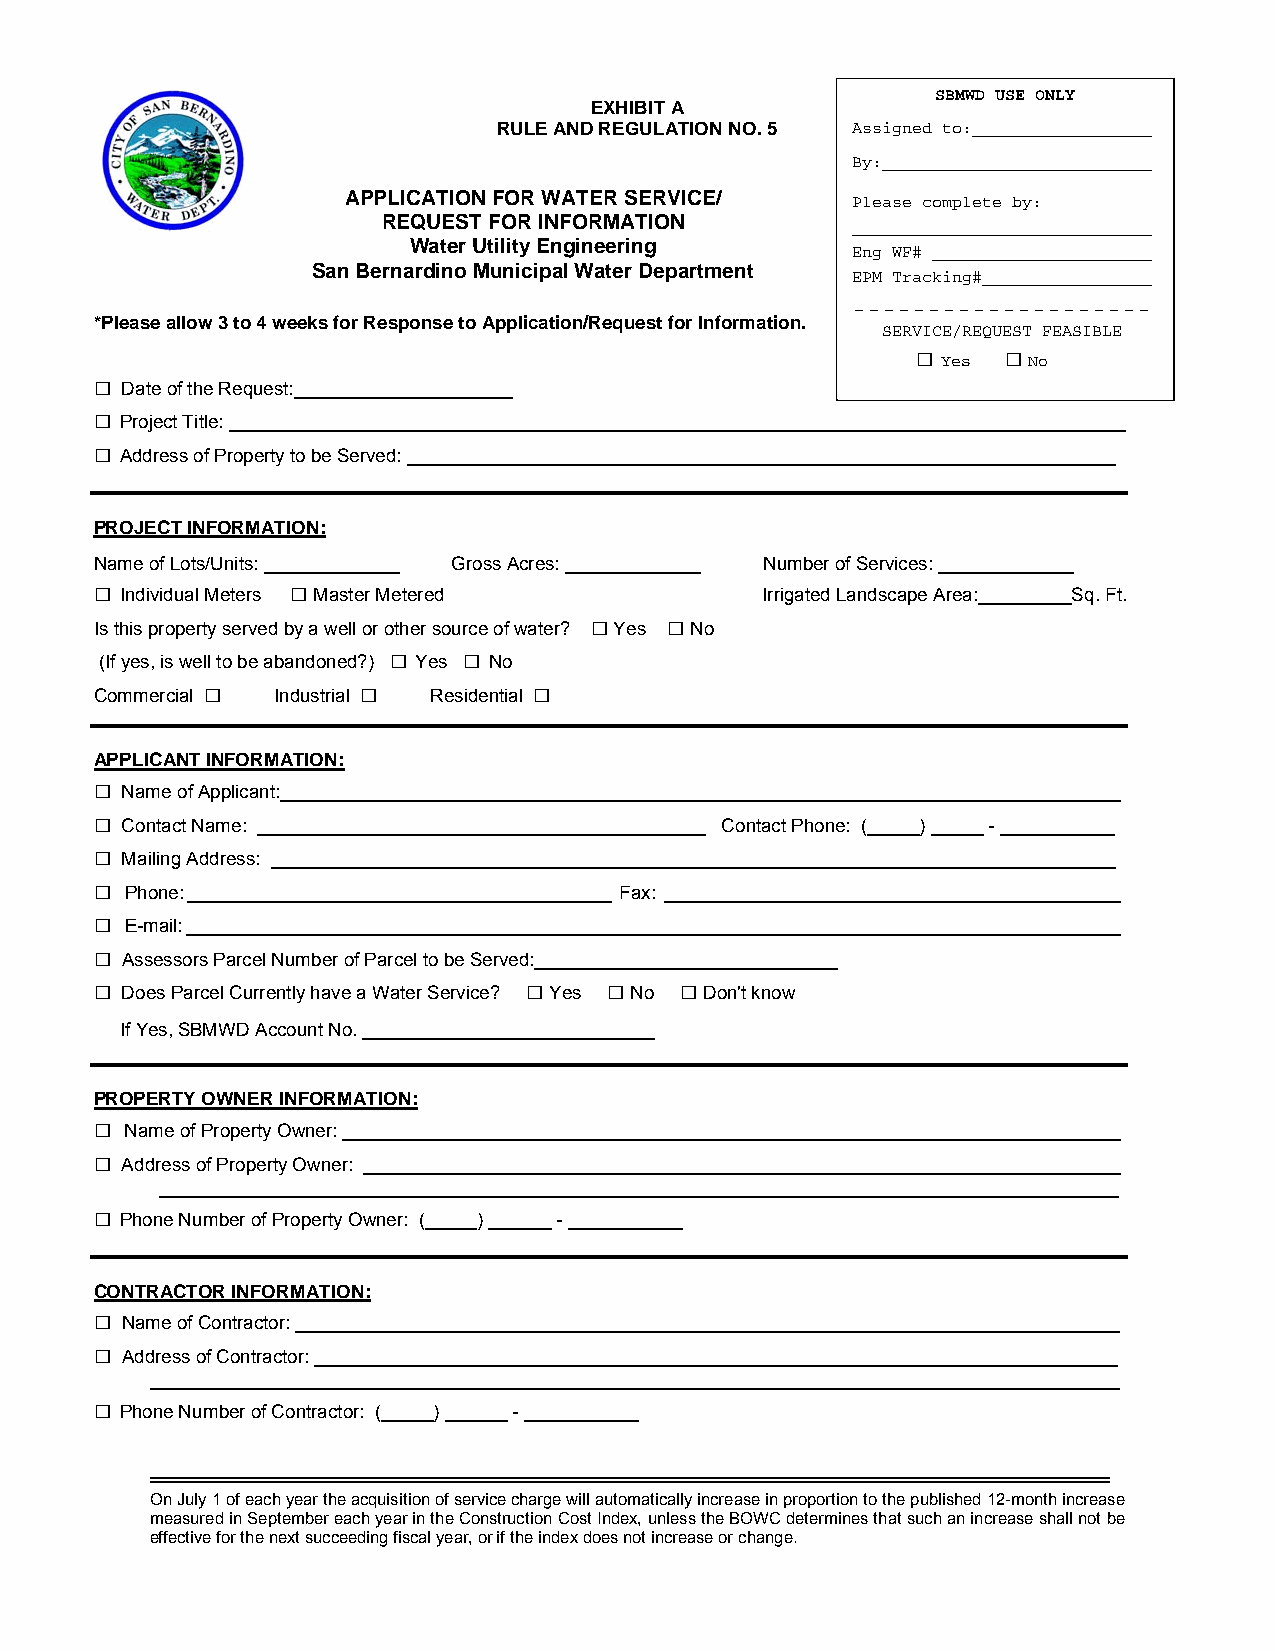
SBMWD USE ONLY
 EXHIBIT A
 RULE AND REGULATION NO. 5 Assigned to:__________________
 By:___________________________
 APPLICATION FOR WATER S ERVICE/  Please complete by:
 REQUEST FOR INFORMATION        ______________________________
 Water Utility Engineering    Eng WF# ______________________
 San Bernardino Municipal Water Department
 EPM Tracking#_________________
 --------------------
 *Please allow 3 to 4 weeks for Response to Application/Request for Information.
 SERVICE/REQUEST FEASIBLE
 □
 Yes
 □
 No
 □
 Date of the Request:_____________________
 □
 Project Title: ______________________________________________________________________________________
 □
 Address of Property to be Served: ____________________________________________________________________
 PROJECT INFORMATION:
 Name of Lots/Units: _____________ Gross Acres: _____________ Number of Services: _____________
 □            □
 Individual Meters Master Metered          Irrigated Landscape Area:_________Sq. Ft.
 □    □
 Is this property served by a well or other source of water? Yes No
 □    □
 (If yes, is well to be abandoned?) Yes No
 □         □          □
 Commercial  Industrial Residential
 APPLICANT INFORMATION:
 □
 Name of Applicant:_________________________________________________________________________________
 □
 Contact Name: ___________________________________________ Contact Phone: (_____) _____ - ___________
 □
 Mailing Address: _________________________________________________________________________________
 □
 Phone: _________________________________________ Fax: ____________________________________________
 □
 E-mail: __________________________________________________________________________________________
 □
 Assessors Parcel Number of Parcel to be Served:_____________________________
 □                            □    □    □
 Does Parcel Currently have a Water Service? Yes No Don't know
 If Yes, SBMWD Account No. ____________________________
 PROPERTY OWNER INFORMATION:
 □
 Name of Property Owner: ___________________________________________________________________________
 □
 Address of Property Owner: _________________________________________________________________________
 ____________________________________________________________________________________________
 □
 Phone Number of Property Owner: (_____) ______ - ___________
 CONTRACTOR INFORMATION:
 □
 Name of Contractor: _______________________________________________________________________________
 □
 Address of Contractor: _____________________________________________________________________________
 _____________________________________________________________________________________________
 □
 Phone Number of Contractor: (_____) ______ - ___________
 On July 1 of each year the acquisition of service charge will automatically increase in proportion to the published 12-month increase
 measured in September each year in the Construction Cost Index, unless the BOWC determines that such an increase shall not be
 effective for the next succeeding fiscal year, or if the index does not increase or change.